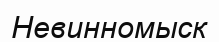
Невинномыск